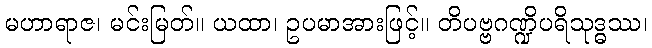
မဟာရာဇ၊ မင်းမြတ်။ ယထာ၊ ဥပမာအားဖြင့်။ တိပဗ္ဗဂဏ္ဍိပရိသုဒ္ဓဿ၊